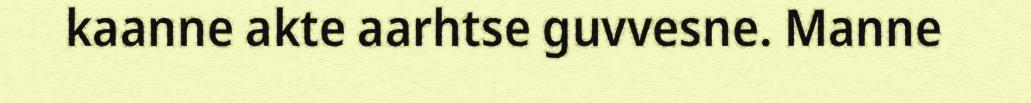
kaanne akte aarhtse guvvesne. Manne